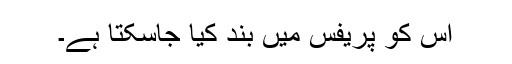
اس کو پریفس میں بند کیا جاسکتا ہے۔